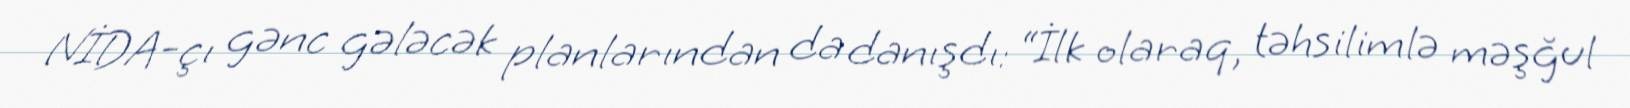
NİDA-çı gənc gələcək planlarından da danışdı: “İlk olaraq, təhsilimlə məşğul